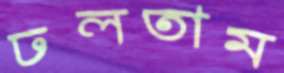
ঢলতাম